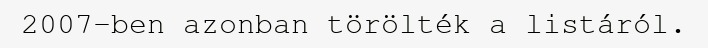
2007-ben azonban törölték a listáról.